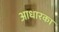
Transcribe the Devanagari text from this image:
आधारका